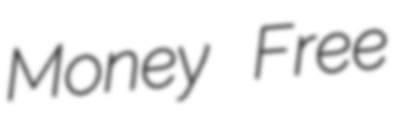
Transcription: Money Free